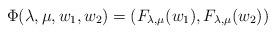
LaTeX: \begin{align*}\Phi(\lambda,\mu,w_1,w_2)=(F_{\lambda,\mu} (w_1), F_{\lambda,\mu}(w_2))\end{align*}